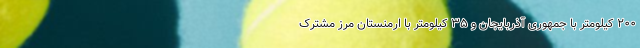
۲۰۰ کیلومتر با جمهوری آذربایجان و ۳۵ کیلومتر با ارمنستان مرز مشترک